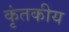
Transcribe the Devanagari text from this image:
कृंतकीय